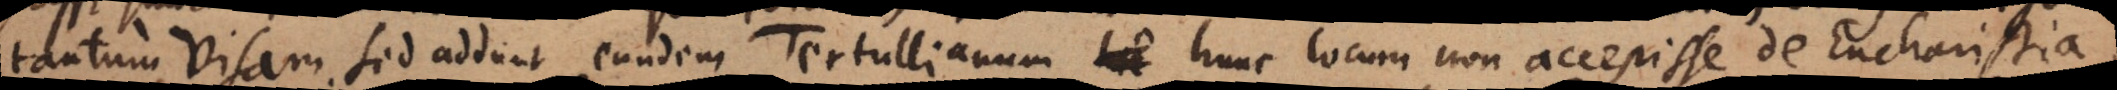
tantum visam. Sed addunt eundem Tertullianum hunc locum non accepisse de Eucharistia